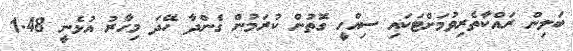
ބަލިން ރައްކާތެރިވުމަށްޓަކައި ސިއްހީ ގޮތުން ކުރަމުން ގެންދާ ހޭދަ މިހާރު އުޅެނީ 1.48